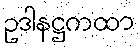
ဥဒါနဋ္ဌကထာ